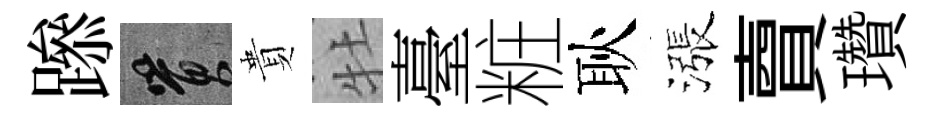
𨅶篔貴牡臺粧耿漲𧶠瓚